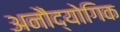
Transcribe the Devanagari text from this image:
अनौद्योगिक